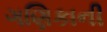
ગણિકાની